Plague in India, 1896, 1897 - Volume 3
Year: 1896
Disease focus: Plague
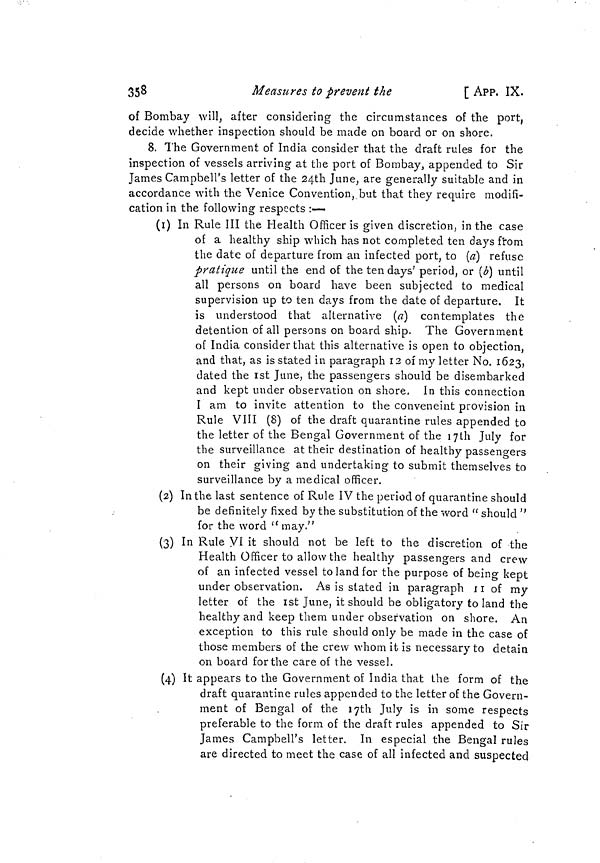
358
Measures to prevent the
[ APp, IX.
of Bombay will, after considering the circumstances of the port,
decide whether inspection should be made on board or on shore.
8. The Government of India consider that the draft rules for the
inspection of vessels arriving at the port of Bombay, appended to Sir
James Campbell's letter of the 24th June, are generally suitable and in
accordance with the Venice Convention, but that they require modifi-
cation in the following respects :-—
(1) In Rule III the Health Officer is given discretion, in the case
of a healthy ship which has not completed ten days from
the date of departure from an infected port, to (a) refuse
pratique until the end of the ten days' period, or (b) until
all persons on board have been subjected to medical
supervision up to ten days from the date of departure. It
is understood that alternative (a] contemplates the
detention of all persons on board ship. The Government
of India consider that this alternative is open to objection,
and that, as is stated in paragraph 12 of my letter No. 1623,
dated the 1st June, the passengers should be disembarked
and kept under observation on shore. In this connection
I am to invite attention to the conveneint provision in
Rule VIII (8) of the draft quarantine rules appended to
the letter of the Bengal Government of the 17th July for
the surveillance at their destination of healthy passengers
on their giving and undertaking to submit themselves to
surveillance by a medical officer.
(2) In the last sentence of Rule IV the period of quarantine should
be definitely fixed by the substitution of the word " should "
for the word " may,"
(3) In Rule VI it should not be left to the discretion of the
Health Officer to allow the healthy passengers and crew
of an infected vessel to land for the purpose of being kept
under observation. As is stated in paragraph 11 of my
letter of the 1st June, it should be obligatory to land the
healthy and keep them under observation on shore. An
exception to this rule should only be made in the case of
those members of the crew whom it is necessary to detain
on board for the care of the vessel.
(4) It appears to the Government of India that the form of the
draft quarantine rules appended to the letter of the Govern-
ment of Bengal of the 17th July is in some respects
preferable to the form of the draft rules appended to Sir
James Campbell's letter. In especial the Bengal rules
are directed to meet the case of all infected and suspected